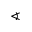
\sphericalangle